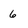
Character: 6